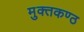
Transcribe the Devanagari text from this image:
मुक्तकण्ठ